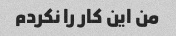
من این کار را نکردم